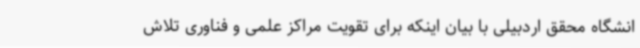
انشگاه محقق اردبیلی با بیان اینکه برای تقویت مراکز علمی و فناوری تلاش